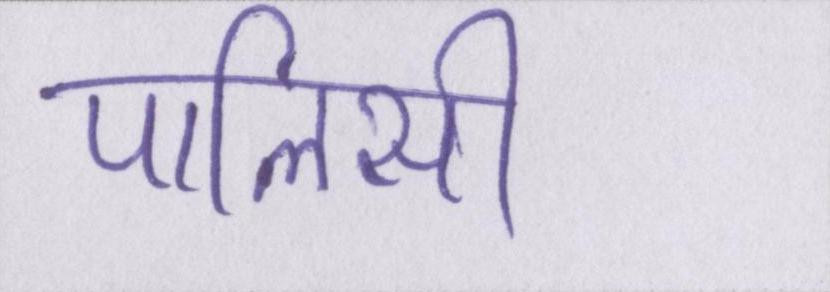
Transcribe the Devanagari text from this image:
पालिसी